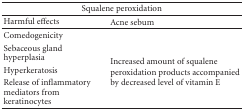
<table><thead><tr><td colspan="2"><b>Squalene peroxidation</b></td></tr></thead><tbody><tr><td>Harmful effects</td><td>Acne sebum</td></tr><tr><td>Comedogenicity</td><td rowspan="7">Increased amount of squalene peroxidation products accompanied by decreased level of vitamin E</td></tr><tr><td>Sebaceous gland</td></tr><tr><td>hyperplasia</td></tr><tr><td>Hyperkeratosis</td></tr><tr><td>Release of inflammatory</td></tr><tr><td>mediators from</td></tr><tr><td>keratinocytes</td></tr></tbody></table>